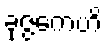
ခုဇ္ဇကေဟိ